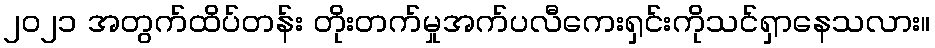
၂၀၂၁ အတွက်ထိပ်တန်း တိုးတက်မှုအက်ပလီကေးရှင်းကိုသင်ရှာနေသလား။